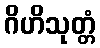
ဂိဟိသုတ္တံ